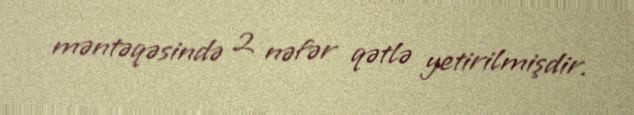
məntəqəsində 2 nəfər qətlə yetirilmişdir.